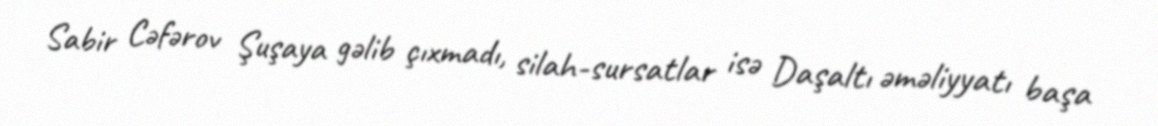
Sabir Cəfərov Şuşaya gəlib çıxmadı, silah-sursatlar isə Daşaltı əməliyyatı başa